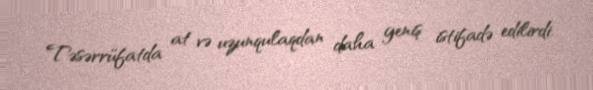
Təsərrüfatda at və uzunqulaqdan daha geniş istifadə edilirdi.